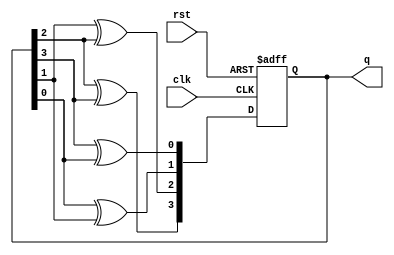
module gray_code_counter (
    input wire clk,
    input wire rst,
    output reg [3:0] q
);

//----------------------------- Gray Code Sequence -----------------------------
// The Gray code sequence is generated using exclusively OR gates 

wire [3:0] d; // Next state
assign d[3] = q[2] ^ q[3];
assign d[2] = q[1] ^ q[2];
assign d[1] = q[0] ^ q[1];
assign d[0] = q[3] ^ q[0];

//----------------------------- Flip-Flop to store state -----------------------------
// Edge-triggered D flip-flop to store current state

always @(posedge clk or posedge rst) begin
    if (rst) begin
        q <= 4'b0000; // Initial state
    end else begin
        q <= d;
    end
end

endmodule